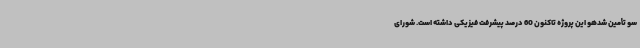
سو تأمین شدهو این پروژه تاکنون 60 درصد پیشرفت فیزیکی داشته است. شورای